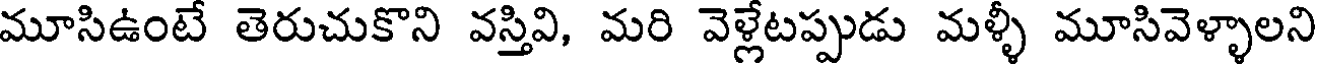
మూసిఉంటే తెరుచుకొని వస్తివి, మరి వెళ్లేటప్పుడు మళ్ళీ మూసివెళ్ళాలని